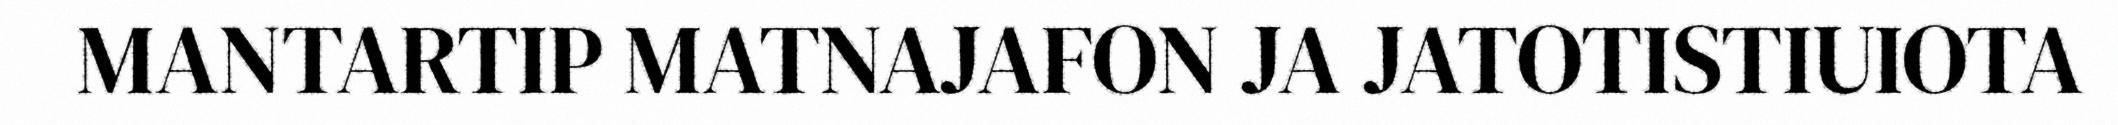
MANTARTIP MATNAJAFON JA JATOTISTIUIOTA